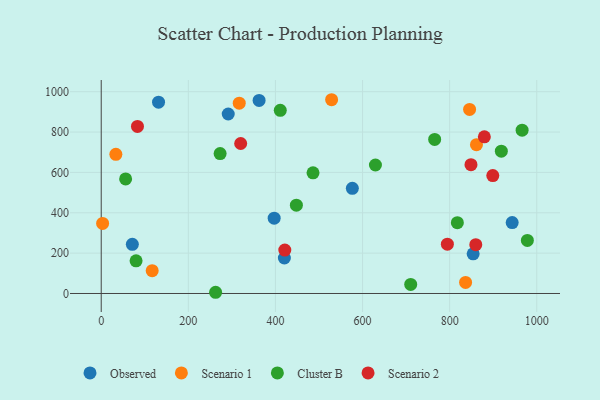
{"axis": {"x": "Experience", "y": "Exam Score"}, "legend": ["Cluster B", "Observed", "Scenario 1", "Scenario 2"], "data": [{"x": "291.6", "y": 889.5, "type": "Observed"}, {"x": "131.6", "y": 948.2, "type": "Observed"}, {"x": "397.1", "y": 373.1, "type": "Observed"}, {"x": "854.0", "y": 196.3, "type": "Observed"}, {"x": "71.4", "y": 243.5, "type": "Observed"}, {"x": "576.6", "y": 521.1, "type": "Observed"}, {"x": "362.5", "y": 956.8, "type": "Observed"}, {"x": "420.5", "y": 175.9, "type": "Observed"}, {"x": "943.6", "y": 351.2, "type": "Observed"}, {"x": "3.2", "y": 347.1, "type": "Scenario 1"}, {"x": "529.0", "y": 960.2, "type": "Scenario 1"}, {"x": "117.0", "y": 113.1, "type": "Scenario 1"}, {"x": "845.8", "y": 912.3, "type": "Scenario 1"}, {"x": "836.6", "y": 54.7, "type": "Scenario 1"}, {"x": "316.9", "y": 943.2, "type": "Scenario 1"}, {"x": "33.6", "y": 689.8, "type": "Scenario 1"}, {"x": "861.6", "y": 737.4, "type": "Scenario 1"}, {"x": "629.6", "y": 636.7, "type": "Cluster B"}, {"x": "56.0", "y": 567.8, "type": "Cluster B"}, {"x": "273.0", "y": 693.5, "type": "Cluster B"}, {"x": "710.6", "y": 44.9, "type": "Cluster B"}, {"x": "262.6", "y": 6.0, "type": "Cluster B"}, {"x": "486.3", "y": 597.7, "type": "Cluster B"}, {"x": "817.7", "y": 351.0, "type": "Cluster B"}, {"x": "80.0", "y": 162.1, "type": "Cluster B"}, {"x": "765.6", "y": 763.3, "type": "Cluster B"}, {"x": "978.5", "y": 263.1, "type": "Cluster B"}, {"x": "966.4", "y": 809.4, "type": "Cluster B"}, {"x": "918.7", "y": 705.2, "type": "Cluster B"}, {"x": "411.1", "y": 907.8, "type": "Cluster B"}, {"x": "448.1", "y": 437.4, "type": "Cluster B"}, {"x": "83.2", "y": 828.0, "type": "Scenario 2"}, {"x": "849.0", "y": 638.5, "type": "Scenario 2"}, {"x": "879.7", "y": 776.4, "type": "Scenario 2"}, {"x": "794.8", "y": 244.6, "type": "Scenario 2"}, {"x": "899.1", "y": 584.2, "type": "Scenario 2"}, {"x": "860.0", "y": 242.1, "type": "Scenario 2"}, {"x": "320.2", "y": 743.2, "type": "Scenario 2"}, {"x": "421.5", "y": 215.1, "type": "Scenario 2"}]}